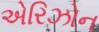
એરિઝોન